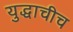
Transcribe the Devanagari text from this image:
युद्धाचीच